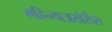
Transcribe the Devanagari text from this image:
महिन्याअखेरीस